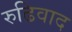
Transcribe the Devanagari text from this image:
रुढिवाद